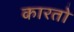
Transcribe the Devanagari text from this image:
कारतो